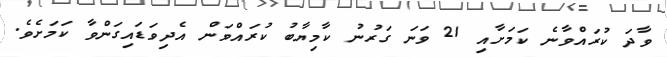
ވާދަ ކުރައްވާނެ ކަމަށާއި 21 ވަނަ ގަރުނު ކާމިޔާބު ކުރައްވަން އެދިވަޑައިގަންވާ ކަމަށެވެ.